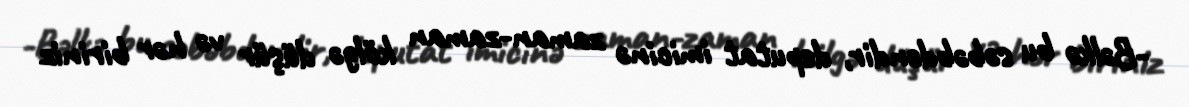
-Bəlkə bu səbəbdəndir, deputat imicinə zaman-zaman kölgə düşür və hər biriniz